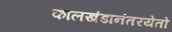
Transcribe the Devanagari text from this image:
कालखंडानंतरयेतो